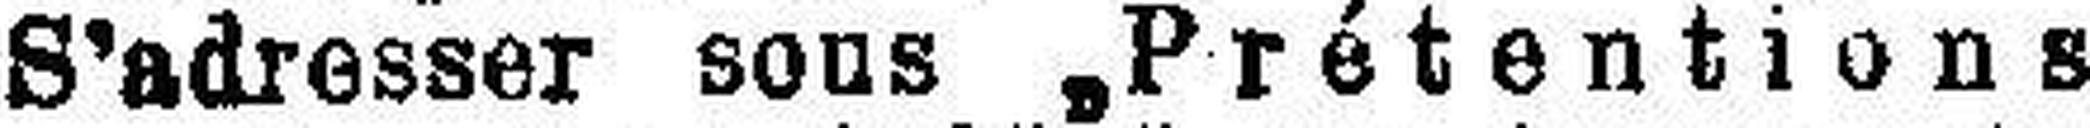
S’adresser sous „Prétentions